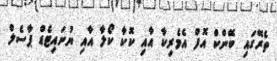
ތެރޭގައި ބޭންކް އޮފް އެމެރިކާ އާއި ކޮކާ ކޯލާ އާއި ޔުނައިޓެޑް ޕާސެލް